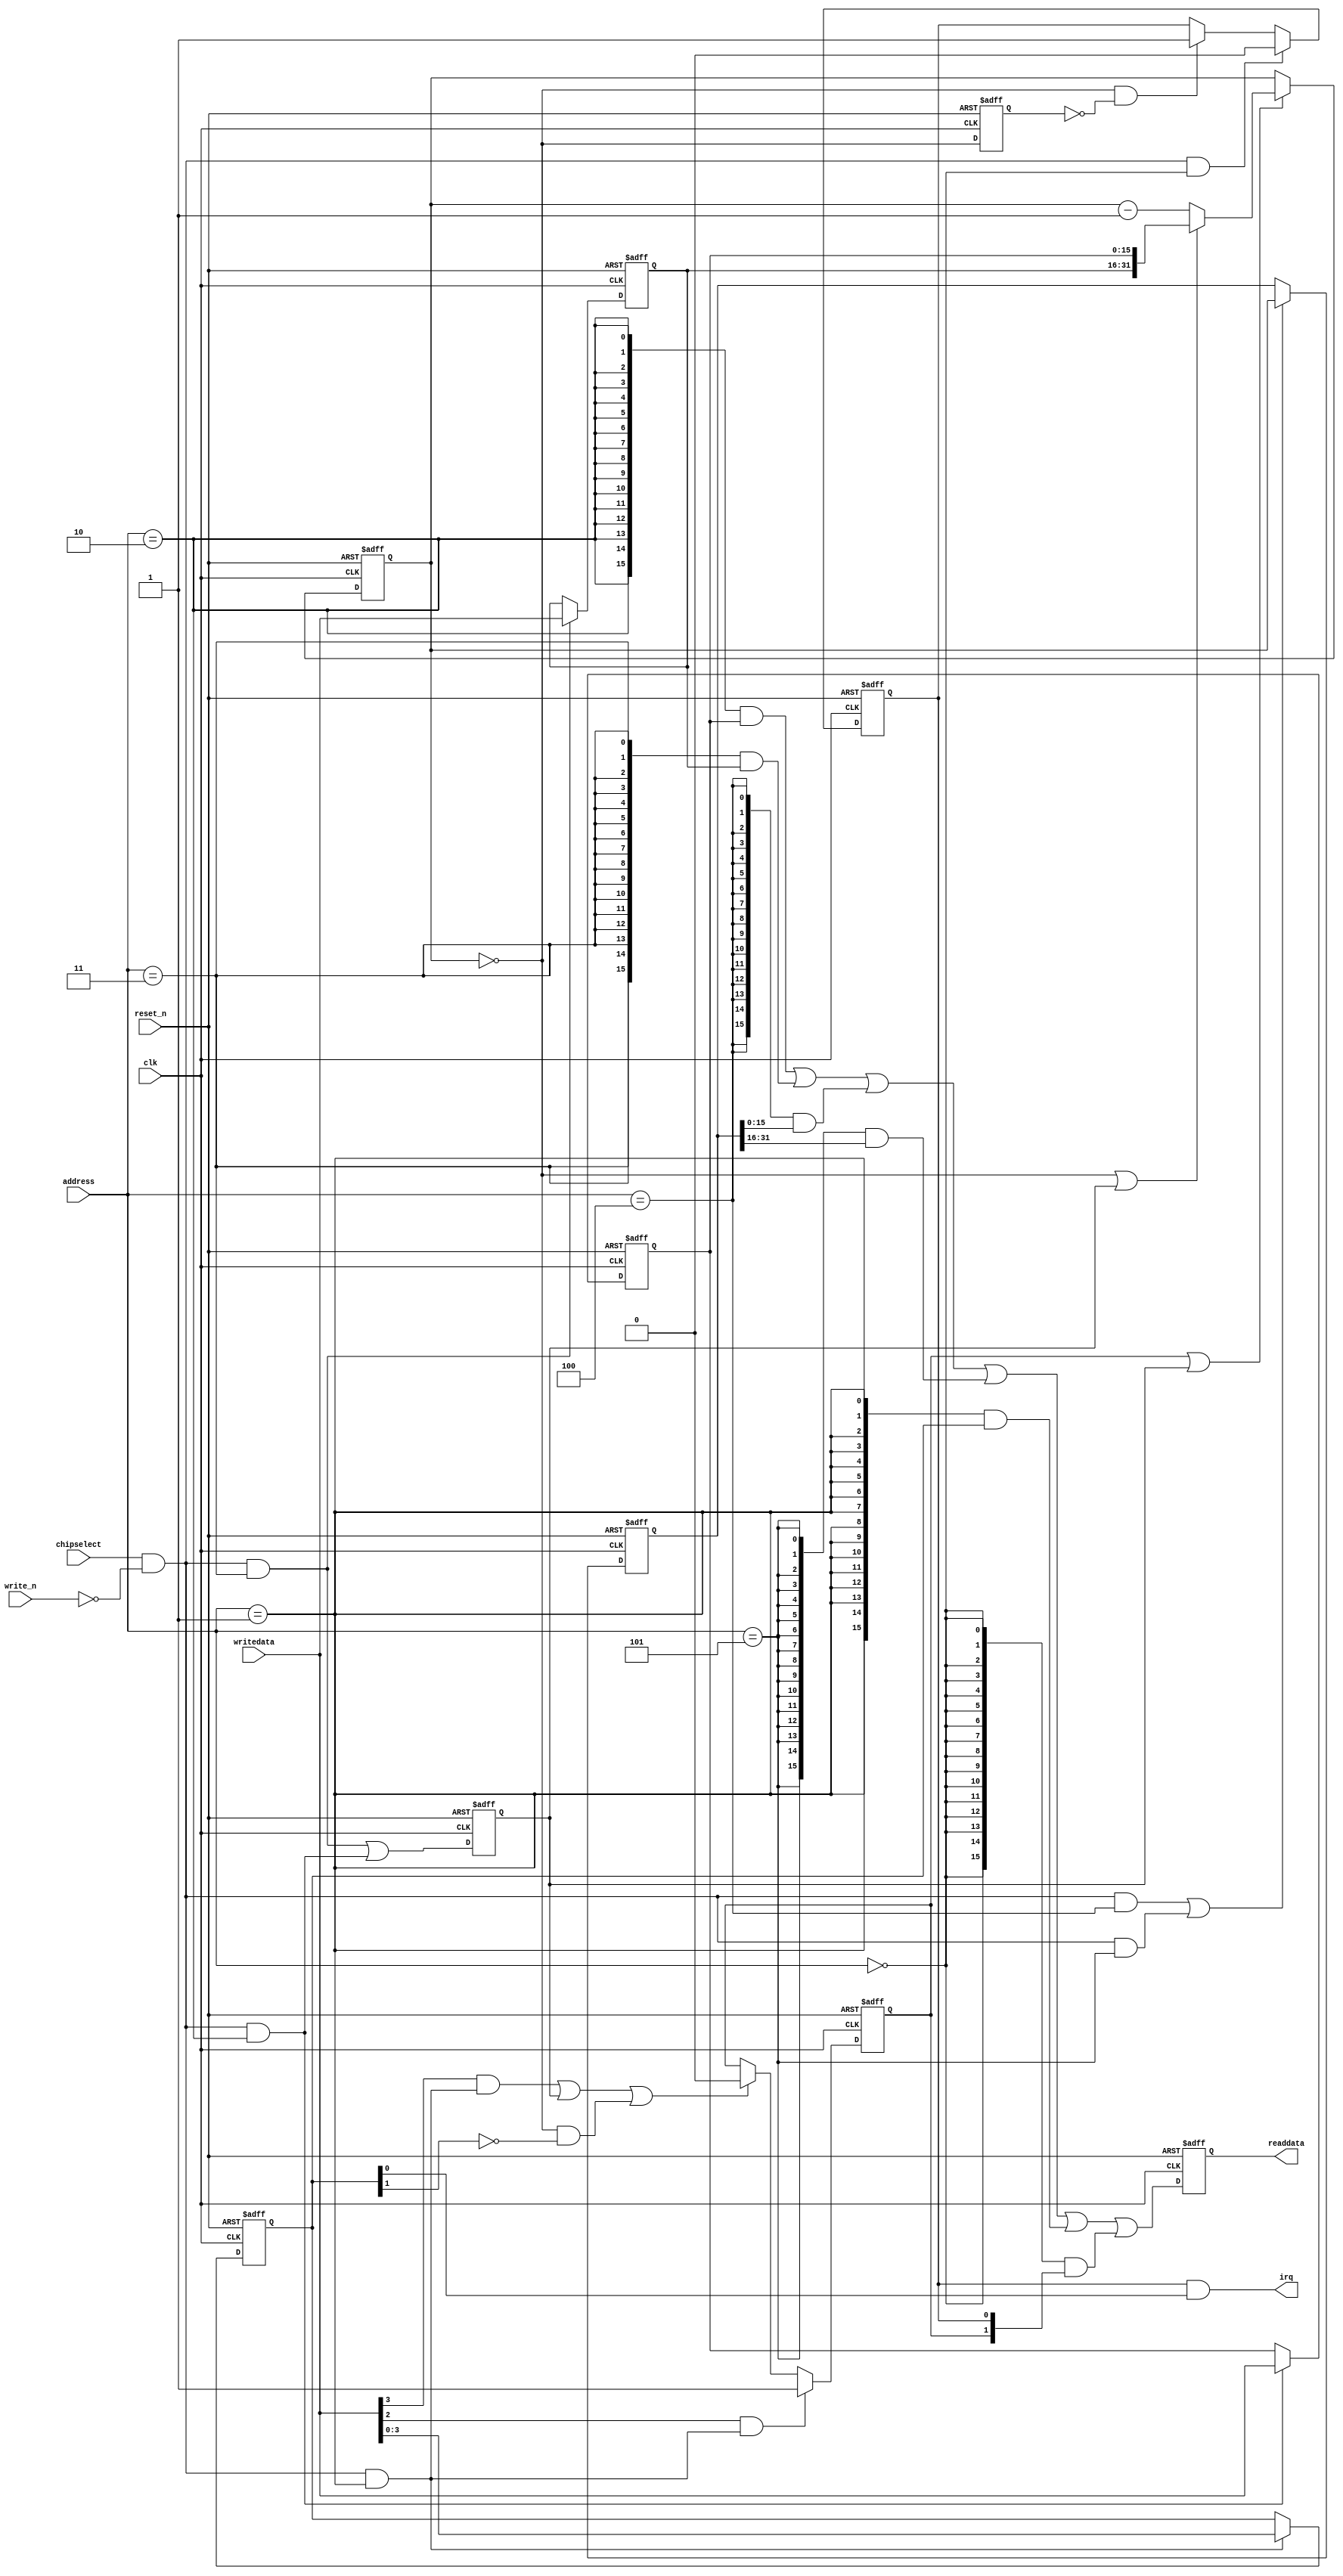
//Legal Notice: (C)2023 Altera Corporation. All rights reserved.  Your
//use of Altera Corporation's design tools, logic functions and other
//software and tools, and its AMPP partner logic functions, and any
//output files any of the foregoing (including device programming or
//simulation files), and any associated documentation or information are
//expressly subject to the terms and conditions of the Altera Program
//License Subscription Agreement or other applicable license agreement,
//including, without limitation, that your use is for the sole purpose
//of programming logic devices manufactured by Altera and sold by Altera
//or its authorized distributors.  Please refer to the applicable
//agreement for further details.

// synthesis translate_off
`timescale 1ns / 1ps
// synthesis translate_on

// turn off superfluous verilog processor warnings 
// altera message_level Level1 
// altera message_off 10034 10035 10036 10037 10230 10240 10030 

module Computer_System_Interval_Timer (
                                        // inputs:
                                         address,
                                         chipselect,
                                         clk,
                                         reset_n,
                                         write_n,
                                         writedata,

                                        // outputs:
                                         irq,
                                         readdata
                                      )
;

  output           irq;
  output  [ 15: 0] readdata;
  input   [  2: 0] address;
  input            chipselect;
  input            clk;
  input            reset_n;
  input            write_n;
  input   [ 15: 0] writedata;


wire             clk_en;
wire             control_continuous;
wire             control_interrupt_enable;
reg     [  3: 0] control_register;
wire             control_wr_strobe;
reg              counter_is_running;
wire             counter_is_zero;
wire    [ 31: 0] counter_load_value;
reg     [ 31: 0] counter_snapshot;
reg              delayed_unxcounter_is_zeroxx0;
wire             do_start_counter;
wire             do_stop_counter;
reg              force_reload;
reg     [ 31: 0] internal_counter;
wire             irq;
reg     [ 15: 0] period_h_register;
wire             period_h_wr_strobe;
reg     [ 15: 0] period_l_register;
wire             period_l_wr_strobe;
wire    [ 15: 0] read_mux_out;
reg     [ 15: 0] readdata;
wire             snap_h_wr_strobe;
wire             snap_l_wr_strobe;
wire    [ 31: 0] snap_read_value;
wire             snap_strobe;
wire             start_strobe;
wire             status_wr_strobe;
wire             stop_strobe;
wire             timeout_event;
reg              timeout_occurred;
  assign clk_en = 1;
  always @(posedge clk or negedge reset_n)
    begin
      if (reset_n == 0)
          internal_counter <= 32'h5F5E0F;
      else if (counter_is_running || force_reload)
          if (counter_is_zero    || force_reload)
              internal_counter <= counter_load_value;
          else 
            internal_counter <= internal_counter - 1;
    end


  assign counter_is_zero = internal_counter == 0;
  assign counter_load_value = {period_h_register,
    period_l_register};

  always @(posedge clk or negedge reset_n)
    begin
      if (reset_n == 0)
          force_reload <= 0;
      else if (clk_en)
          force_reload <= period_h_wr_strobe || period_l_wr_strobe;
    end


  assign do_start_counter = start_strobe;
  assign do_stop_counter = (stop_strobe                            ) ||
    (force_reload                           ) ||
    (counter_is_zero && ~control_continuous );

  always @(posedge clk or negedge reset_n)
    begin
      if (reset_n == 0)
          counter_is_running <= 1'b0;
      else if (clk_en)
          if (do_start_counter)
              counter_is_running <= -1;
          else if (do_stop_counter)
              counter_is_running <= 0;
    end


  //delayed_unxcounter_is_zeroxx0, which is an e_register
  always @(posedge clk or negedge reset_n)
    begin
      if (reset_n == 0)
          delayed_unxcounter_is_zeroxx0 <= 0;
      else if (clk_en)
          delayed_unxcounter_is_zeroxx0 <= counter_is_zero;
    end


  assign timeout_event = (counter_is_zero) & ~(delayed_unxcounter_is_zeroxx0);
  always @(posedge clk or negedge reset_n)
    begin
      if (reset_n == 0)
          timeout_occurred <= 0;
      else if (clk_en)
          if (status_wr_strobe)
              timeout_occurred <= 0;
          else if (timeout_event)
              timeout_occurred <= -1;
    end


  assign irq = timeout_occurred && control_interrupt_enable;
  //s1, which is an e_avalon_slave
  assign read_mux_out = ({16 {(address == 2)}} & period_l_register) |
    ({16 {(address == 3)}} & period_h_register) |
    ({16 {(address == 4)}} & snap_read_value[15 : 0]) |
    ({16 {(address == 5)}} & snap_read_value[31 : 16]) |
    ({16 {(address == 1)}} & control_register) |
    ({16 {(address == 0)}} & {counter_is_running,
    timeout_occurred});

  always @(posedge clk or negedge reset_n)
    begin
      if (reset_n == 0)
          readdata <= 0;
      else if (clk_en)
          readdata <= read_mux_out;
    end


  assign period_l_wr_strobe = chipselect && ~write_n && (address == 2);
  assign period_h_wr_strobe = chipselect && ~write_n && (address == 3);
  always @(posedge clk or negedge reset_n)
    begin
      if (reset_n == 0)
          period_l_register <= 24079;
      else if (period_l_wr_strobe)
          period_l_register <= writedata;
    end


  always @(posedge clk or negedge reset_n)
    begin
      if (reset_n == 0)
          period_h_register <= 95;
      else if (period_h_wr_strobe)
          period_h_register <= writedata;
    end


  assign snap_l_wr_strobe = chipselect && ~write_n && (address == 4);
  assign snap_h_wr_strobe = chipselect && ~write_n && (address == 5);
  assign snap_strobe = snap_l_wr_strobe || snap_h_wr_strobe;
  always @(posedge clk or negedge reset_n)
    begin
      if (reset_n == 0)
          counter_snapshot <= 0;
      else if (snap_strobe)
          counter_snapshot <= internal_counter;
    end


  assign snap_read_value = counter_snapshot;
  assign control_wr_strobe = chipselect && ~write_n && (address == 1);
  always @(posedge clk or negedge reset_n)
    begin
      if (reset_n == 0)
          control_register <= 0;
      else if (control_wr_strobe)
          control_register <= writedata[3 : 0];
    end


  assign stop_strobe = writedata[3] && control_wr_strobe;
  assign start_strobe = writedata[2] && control_wr_strobe;
  assign control_continuous = control_register[1];
  assign control_interrupt_enable = control_register[0];
  assign status_wr_strobe = chipselect && ~write_n && (address == 0);

endmodule